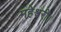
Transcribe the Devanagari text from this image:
महेश्वरी।